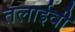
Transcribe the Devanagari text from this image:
तलाईवी